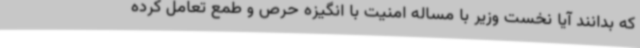
که بدانند آیا نخست وزیر با مساله امنیت با انگیزه حرص و طمع تعامل کرده